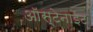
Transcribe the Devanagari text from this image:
ऑस्टेनाईट